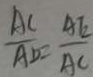
\frac { A C } { A D } = \frac { A E } { A C }